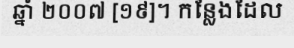
ឆ្នាំ ២០០៧ [១៩]។ កន្លែងដែល